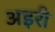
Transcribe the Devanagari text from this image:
अइरी